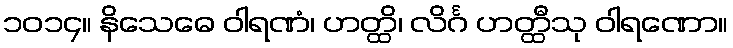
၁၀၁၄။ နိသေဓေ ဝါရဏံ၊ ဟတ္ထိ၊ လိင်္ဂ ဟတ္ထီသု ဝါရဏော။